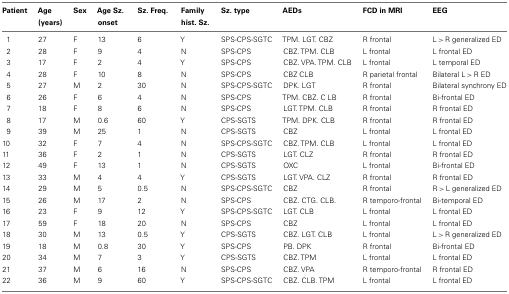
<table><thead><tr><td><b>Patient</b></td><td><b>Age (years)</b></td><td><b>Sex</b></td><td><b>Age Sz. onset</b></td><td><b>Sz. Freq.</b></td><td><b>Family hist. Sz.</b></td><td><b>Sz. type</b></td><td><b>AEDs</b></td><td><b>FCD in MRI</b></td><td><b>EEG</b></td></tr></thead><tbody><tr><td>1</td><td>27</td><td>F</td><td>13</td><td>6</td><td>Y</td><td>SPS-CPS-SGTC</td><td>TPM. LGT. CBZ</td><td>R frontal</td><td>L &gt; R generalized ED</td></tr><tr><td>2</td><td>28</td><td>F</td><td>9</td><td>4</td><td>N</td><td>SPS-CPS</td><td>CBZ. TPM. CLB</td><td>L frontal</td><td>L frontal ED</td></tr><tr><td>3</td><td>17</td><td>F</td><td>2</td><td>4</td><td>Y</td><td>SPS-CPS</td><td>CBZ. VPA. TPM. CLB</td><td>L frontal</td><td>L temporal ED</td></tr><tr><td>4</td><td>28</td><td>F</td><td>10</td><td>8</td><td>N</td><td>SPS-CPS</td><td>CBZ CLB</td><td>R parietal frontal</td><td>Bilateral L &gt; R ED</td></tr><tr><td>5</td><td>27</td><td>M</td><td>2</td><td>30</td><td>N</td><td>SPS-CPS-SGTC</td><td>DPK. LGT</td><td>R frontal</td><td>Bilateral synchrony ED</td></tr><tr><td>6</td><td>26</td><td>F</td><td>6</td><td>4</td><td>N</td><td>SPS-CPS</td><td>TPM. CBZ. C LB</td><td>R frontal</td><td>Bi-frontal ED</td></tr><tr><td>7</td><td>18</td><td>F</td><td>8</td><td>6</td><td>N</td><td>SPS-CPS</td><td>LGT. TPM. CLB</td><td>R frontal</td><td>R frontal ED</td></tr><tr><td>8</td><td>17</td><td>M</td><td>0.6</td><td>60</td><td>Y</td><td>CPS-SGTS</td><td>TPM. DPK. CLB</td><td>R frontal</td><td>R frontal ED</td></tr><tr><td>9</td><td>39</td><td>M</td><td>25</td><td>1</td><td>N</td><td>CPS-SGTS</td><td>CBZ</td><td>L frontal</td><td>L frontal ED</td></tr><tr><td>10</td><td>32</td><td>F</td><td>7</td><td>4</td><td>N</td><td>SPS-CPS-SGTC</td><td>CBZ. TPM. CLB</td><td>L frontal</td><td>L frontal ED</td></tr><tr><td>11</td><td>36</td><td>F</td><td>2</td><td>1</td><td>N</td><td>CPS-SGTS</td><td>LGT. CLZ</td><td>R frontal</td><td>R frontal ED</td></tr><tr><td>12</td><td>49</td><td>F</td><td>13</td><td>1</td><td>N</td><td>CPS-SGTS</td><td>OXC</td><td>L frontal</td><td>Bi-frontal ED</td></tr><tr><td>13</td><td>33</td><td>M</td><td>4</td><td>4</td><td>Y</td><td>CPS-SGTS</td><td>LGT. VPA. CLZ</td><td>R frontal</td><td>R frontal ED</td></tr><tr><td>14</td><td>29</td><td>M</td><td>5</td><td>0.5</td><td>N</td><td>SPS-CPS-SGTC</td><td>CBZ</td><td>R frontal</td><td>R &gt; L generalized ED</td></tr><tr><td>15</td><td>26</td><td>M</td><td>17</td><td>2</td><td>N</td><td>SPS-CPS</td><td>CBZ. CTG. CLB.</td><td>R temporo-frontal</td><td>Bi-temporal ED</td></tr><tr><td>16</td><td>23</td><td>F</td><td>9</td><td>12</td><td>Y</td><td>SPS-CPS-SGTC</td><td>LGT. CLB</td><td>L frontal</td><td>L frontal ED</td></tr><tr><td>17</td><td>59</td><td>F</td><td>18</td><td>20</td><td>N</td><td>SPS-CPS</td><td>CBZ</td><td>L frontal</td><td>L frontal ED</td></tr><tr><td>18</td><td>30</td><td>M</td><td>13</td><td>0.5</td><td>Y</td><td>CPS-SGTS</td><td>CBZ. LGT. CLB</td><td>L frontal</td><td>L &gt; R generalized ED</td></tr><tr><td>19</td><td>18</td><td>M</td><td>0.8</td><td>30</td><td>Y</td><td>SPS-CPS</td><td>PB. DPK</td><td>R frontal</td><td>Bi-frontal ED</td></tr><tr><td>20</td><td>34</td><td>M</td><td>7</td><td>3</td><td>Y</td><td>CPS-SGTS</td><td>CBZ. TPM</td><td>L frontal</td><td>L frontal ED</td></tr><tr><td>21</td><td>37</td><td>M</td><td>6</td><td>16</td><td>N</td><td>SPS-CPS</td><td>CBZ. VPA</td><td>R temporo-frontal</td><td>R frontal ED</td></tr><tr><td>22</td><td>36</td><td>M</td><td>9</td><td>60</td><td>Y</td><td>SPS-CPS-SGTC</td><td>CBZ. CLB. TPM</td><td>L frontal</td><td>L frontal ED</td></tr></tbody></table>